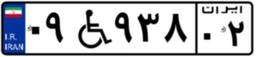
۰۹W۹۳۸۰۲